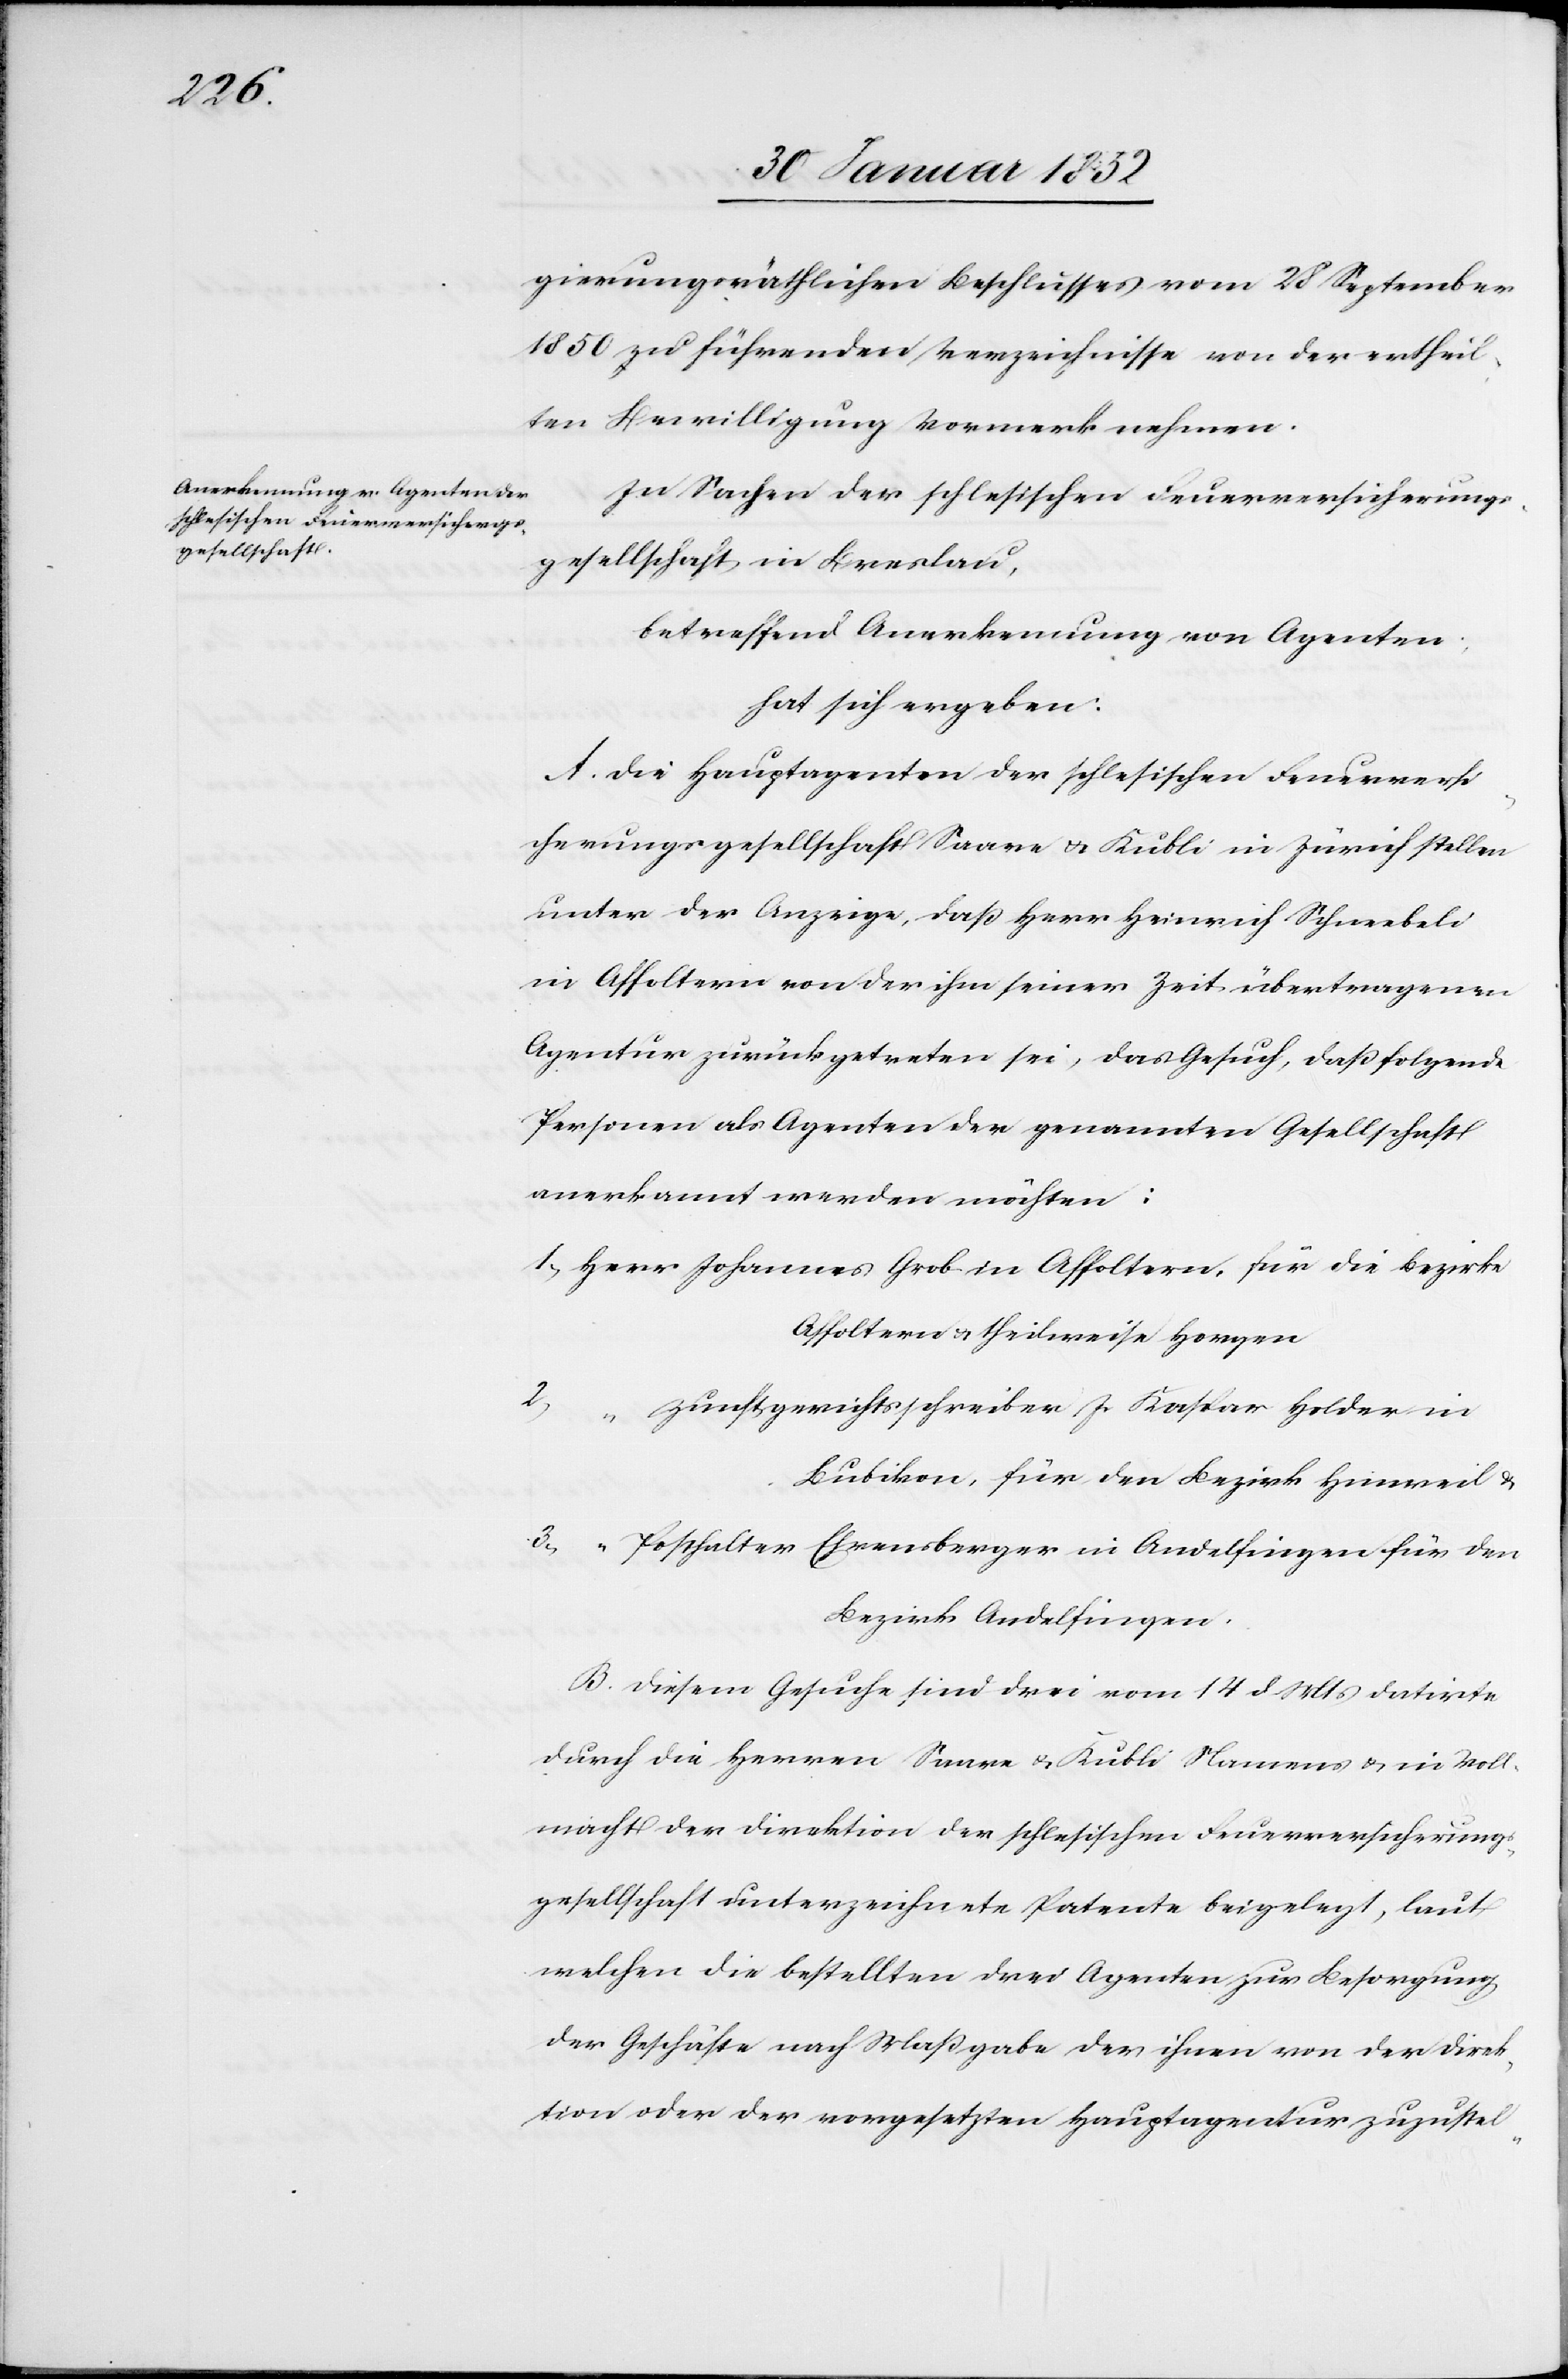
gierungsräthlichen Beschlusses vom 28 September
1850 zu führenden Verzeichnisse von der ertheil¬
ten Bewilligung Vormerk nehmen.
In Sachen der schlesischen Feuerversicherungs¬
gesellschaft in Breslau,
betreffend Anerkennung von Agenten:
hat sich ergeben:
A. Die Hauptagenten der schlesischen Feuerversi¬
cherungsgesellschaft Saare u. Kubli in Zürich stellen
unter der Anzeige, daß Herr Heinrich Schneebeli
in Affoltern von der ihm seiner Zeit übertragenen
Agentur zurückgetreten sei, das Gesuch, daß folgende
Personen als Agenten der genannten Gesellschaft
anerkannt werden möchten:
1) Herr Johannes Grob in Affoltern, für die Bezrike
Affoltern u. theilweise Horgen
2) “ Zunftgerichtsschreiber J. Kaspar Holder in
Bubikon, für den Bezirk Hinweil u.
3) “ Posthalter Ehrensberger in Andelfingen für den
Bezirk Andelfingen.
B. Diesem Gesuche sind drei vom 14 d. Mts datirte
durch die Herren Saare u. Kubli Namens u. in Voll¬
macht der Direktion der schlesischen Feuerversicherungs¬
gesellschaft unterzeichnete Patente beigelegt, laut
welchen die bestellten drei Agenten, zur Besorgung
der Geschäfte nach Maßgabe der ihnen von der Direk¬
tion oder der vorgesetzten Hauptagentur zuzustel-